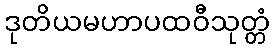
ဒုတိယမဟာပထဝီသုတ္တံ